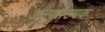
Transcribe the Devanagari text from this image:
अल्पसँख्यक